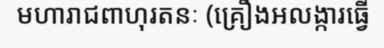
មហារាជពាហុរតនៈ (គ្រឿងអលង្ការធ្វើ